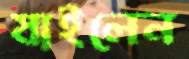
যাইলেন